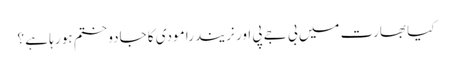
کیا بھارت میں بی جے پی اور نریندرا مودی کا جادو ختم ہو رہا ہے ؟